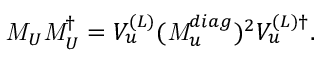
{ \it M } _ { U } { \it M } _ { U } ^ { \dagger } = V _ { u } ^ { ( L ) } ( { \it M } _ { u } ^ { d i a g } ) ^ { 2 } V _ { u } ^ { ( L ) \dagger } .